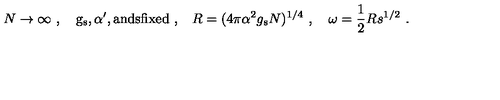
N \to \infty \ , \quad \mathrm { g _ \mathrm { s } , \alpha ' , a n d s f i x e d \ , } \quad R = ( 4 \pi \alpha ^ { 2 } g _ { \mathrm { s } } N ) ^ { 1 / 4 } \ , \quad \omega = \frac { 1 } { 2 } R s ^ { 1 / 2 } \ .